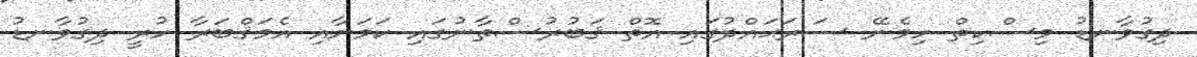
ދިގުވާނޑު މިސްކިތް ހިމެނޭ ސަރަޙައްދުގައި އޮތް ޤަބުރުސްތާނުގައި ކަމަށާއި އެމަޤްބަރާ ހުރީ ދިގުވާނޑު